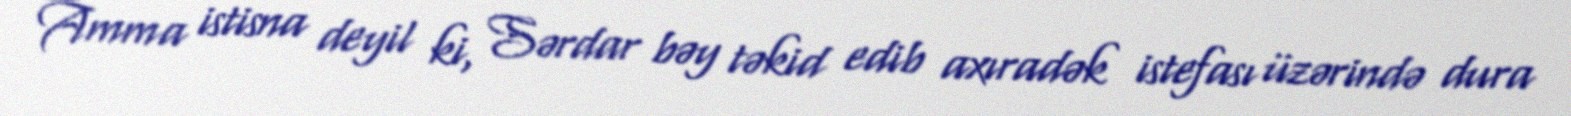
Amma istisna deyil ki, Sərdar bəy təkid edib axıradək istefası üzərində dura